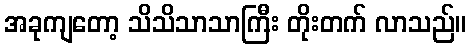
အခုကျတော့ သိသိသာသာကြီး တိုးတက် လာသည်။